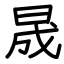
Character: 晟